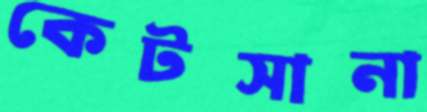
কেটসানা